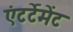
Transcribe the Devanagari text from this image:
एंटर्टेमेंट